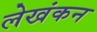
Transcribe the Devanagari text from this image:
लेखंकन